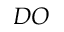
D O